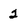
Character: 2